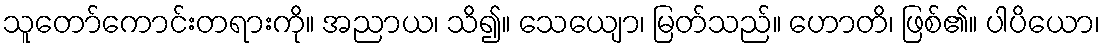
သူတော်ကောင်းတရားကို။ အညာယ၊ သိ၍။ သေယျော၊ မြတ်သည်။ ဟောတိ၊ ဖြစ်၏။ ပါပိယော၊